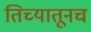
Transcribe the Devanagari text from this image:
तिच्यातूनच